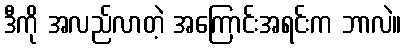
ဒီကို အလည်လာတဲ့ အကြောင်းအရင်းက ဘာလဲ။